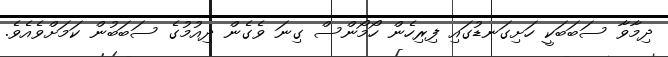
ދިމާވާ ސަބަބަކީ ހަށިގަނޑުގައި ފިރިހެން ހޯމޯންސް ގިނަ ވެގެން ދިއުމުގެ ސަބަބުން ކަމަށްވެއެވެ.